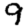
Digit: 9